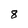
Character: 8